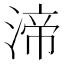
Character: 渧